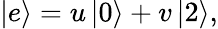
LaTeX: \left|e\right>=u\left|0\right>+v\left|2\right>,